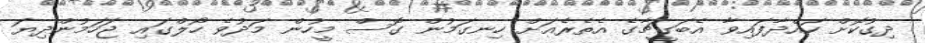
ދިގުކޮށް ހައްދާފައިވާ އެބަގީޗާގެ އެތެރެއަށް ހިނގަމުން ގޮސް މީހުން މަދުވެ ހޯލްގައި ޖަހަމުންދިޔަ